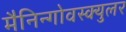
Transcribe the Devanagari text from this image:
मैनिन्गोवस्क्युलर